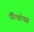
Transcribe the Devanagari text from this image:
पैरैन्थ्रोपस